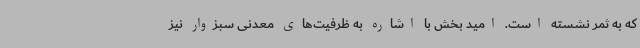
که به ثمر نشسته است. امید بخش با اشاره به ظرفیت‌های معدنی سبزوار نیز